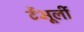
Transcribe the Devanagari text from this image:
टेंभूर्ली